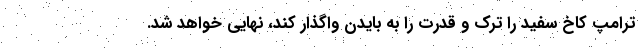
ترامپ کاخ سفید را ترک و قدرت را به بایدن واگذار کند، نهایی خواهد شد.